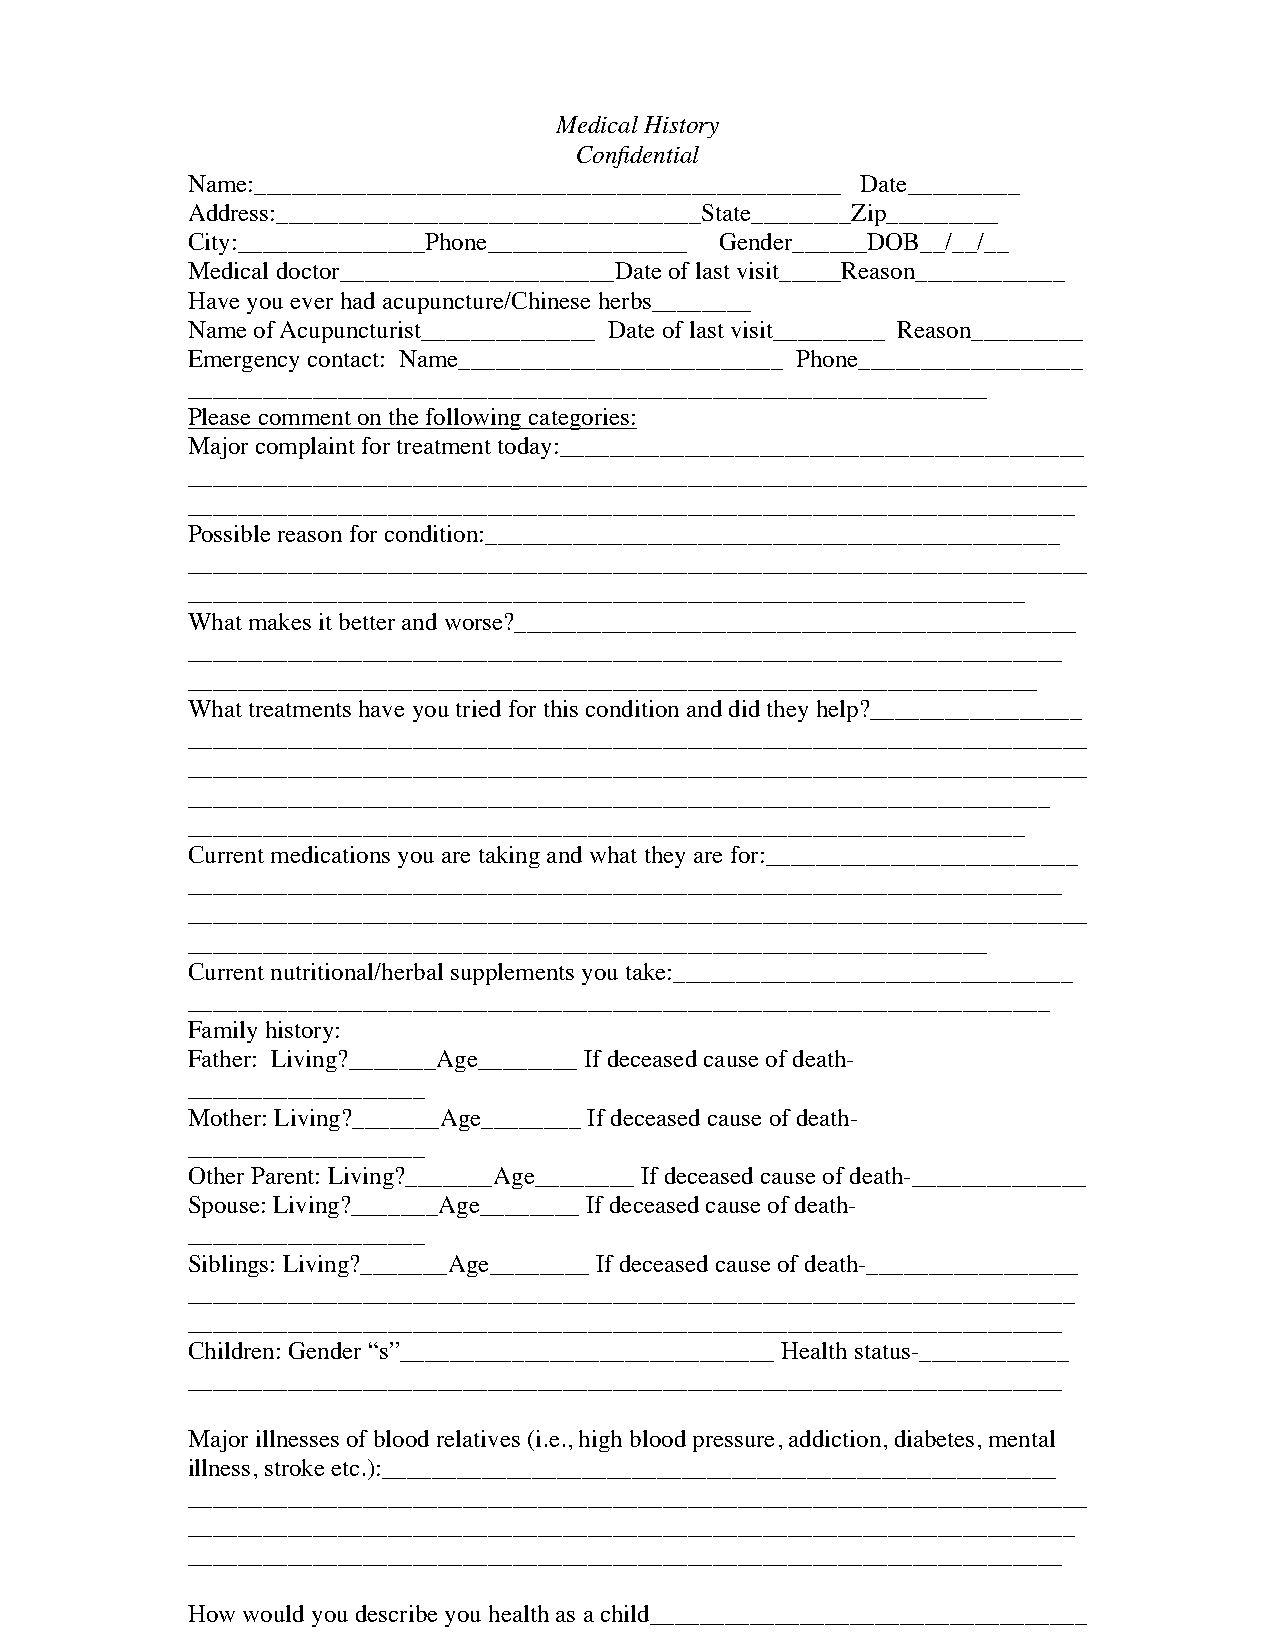
Medical History
 Confidential
 Name:_______________________________________________ Date_________
 Address:__________________________________State________Zip_________
 City:_______________Phone________________ Gender______DOB__/__/__
 Medical doctor______________________Date of last visit_____Reason____________
 Have you ever had acupuncture/Chinese herbs________
 Name of Acupuncturist______________ Date of last visit_________ Reason_________
 Emergency contact: Name__________________________ Phone__________________
 ________________________________________________________________
 Please comment on the following categories:
 Major complaint for treatment today:__________________________________________
 ________________________________________________________________________
 _______________________________________________________________________
 Possible reason for condition:______________________________________________
 ________________________________________________________________________
 ___________________________________________________________________
 What makes it better and worse?_____________________________________________
 ______________________________________________________________________
 ____________________________________________________________________
 What treatments have you tried for this condition and did they help?_________________
 ________________________________________________________________________
 ________________________________________________________________________
 _____________________________________________________________________
 ___________________________________________________________________
 Current medications you are taking and what they are for:_________________________
 ______________________________________________________________________
 ________________________________________________________________________
 ________________________________________________________________
 Current nutritional/herbal supplements you take:________________________________
 _____________________________________________________________________
 Family history:
 Father: Living?_______Age________ If deceased cause of death-
 ___________________
 Mother: Living?_______Age________ If deceased cause of death-
 ___________________
 Other Parent: Living?_______Age________ If deceased cause of death-______________
 Spouse: Living?_______Age________ If deceased cause of death-
 ___________________
 Siblings: Living?_______Age________ If deceased cause of death-_________________
 _______________________________________________________________________
 ______________________________________________________________________
 Children: Gender “s”______________________________ Health status-____________
 ______________________________________________________________________
 Major illnesses of blood relatives (i.e., high blood pressure, addiction, diabetes, mental
 illness, stroke etc.):______________________________________________________
 ________________________________________________________________________
 _______________________________________________________________________
 ______________________________________________________________________
 How would you describe you health as a child___________________________________